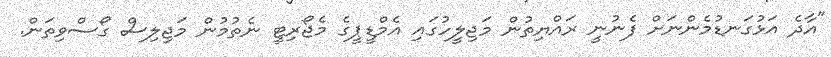
"އާދެ އަޅުގަނޑުމެންނަށް ފެނުނީ ރައްޔިތުން މަޖިލީހުގައި އެމްޑީޕީގެ މެޖޯރިޓީ ނެތުމުން މަޖިލިސް ގޯސްވިތަން.